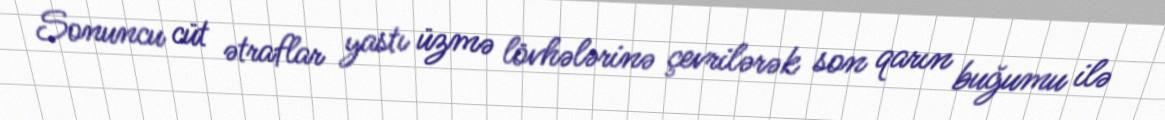
Sonuncu cüt ətraflar yastı üzmə lövhələrinə çevrilərək son qarın buğumu ilə